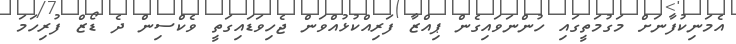
އެމަނިކުފާނަށް މަގުމަތީގައި ހުންނަވައިގެން ޕިއްޒާ ފަރިއްކުޅުއްވަން ޖެހިވަޑައިގަތީ ވެކްސިން ދެ ޑޯޒް ފުރިހަމަ